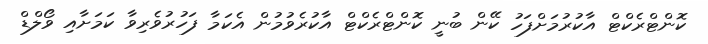
ކޮންޓްރެކްޓް އާކުރުމަށްފަހު ކޭން ބުނީ ކޮންޓްރެކްޓް އާކުރެވުމުން އެކަމާ ފަހުރުވެރިވާ ކަމަށާއި ވޯލްޑް